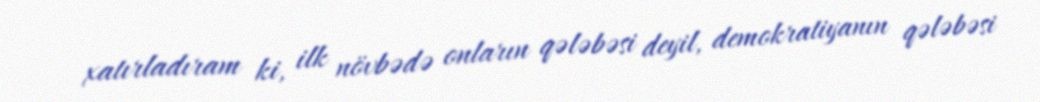
xatırladıram ki, ilk növbədə onların qələbəsi deyil, demokratiyanın qələbəsi